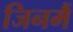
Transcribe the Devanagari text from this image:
जिनमैं